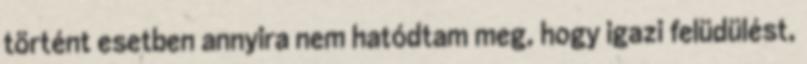
történt esetben annyira nem hatódtam meg, hogy igazi felüdülést,